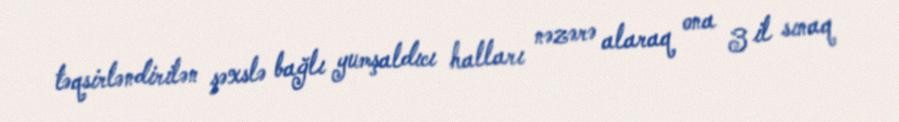
təqsirləndirilən şəxslə bağlı yumşaldıcı halları nəzərə alaraq ona 3 il sınaq